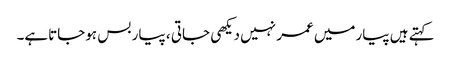
کہتے ہیں پیارمیں عمر نہیں دیکھی جاتی ، پیار بس ہوجاتاہے۔